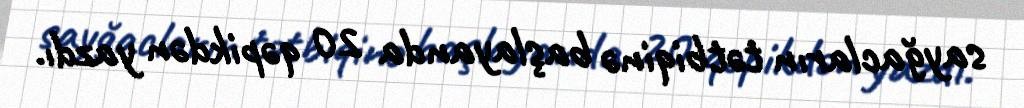
sayğacların tətbiqinə başlayanda 20 qəpikdən yazdı.